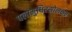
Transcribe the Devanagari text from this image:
पलामुधिरसोलक्षर